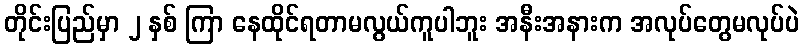
တိုင်းပြည်မှာ ၂ နှစ် ကြာ နေထိုင်ရတာမလွယ်ကူပါဘူး အနီးအနားက အလုပ်တွေမလုပ်ပဲ